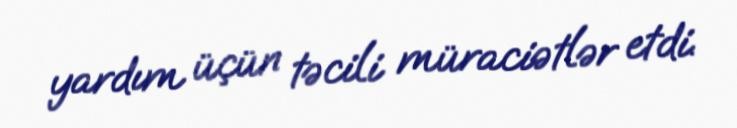
yardım üçün təcili müraciətlər etdi.